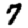
Digit: 7